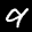
Label: 9